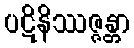
ပဋိနိဿဇ္ဇန္တာ